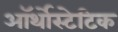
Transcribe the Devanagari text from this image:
ऑर्थोस्टेटिक